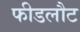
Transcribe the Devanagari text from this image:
फीडलौट